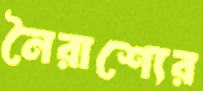
নৈরাশ্যের